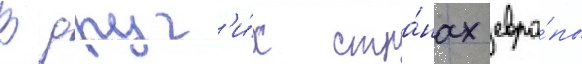
В друг'и́х стра́нах евро́пы